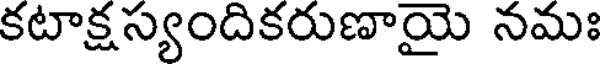
కటాక్ష స్యందికరుణాయై నమః